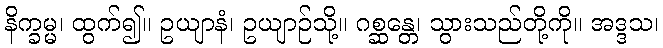
နိက္ခမ္မ၊ ထွက်၍။ ဥယျာနံ၊ ဥယျာဉ်သို့။ ဂစ္ဆန္တေ၊ သွားသည်တို့ကို။ အဒ္ဒသ၊